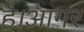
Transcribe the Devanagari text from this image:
है।आगर